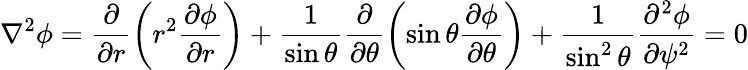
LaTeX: \nabla^{2}\phi=\frac{\partial}{\partial r}\left(r^{2}\frac{\partial\phi}{\partial r}\right)+\frac{1}{\sin\theta}\frac{\partial}{\partial\theta}\left(\sin\theta\frac{\partial\phi}{\partial\theta}\right)+\frac{1}{\sin^{2}\theta}\frac{\partial^{2}\phi}{\partial\psi^{2}}=0